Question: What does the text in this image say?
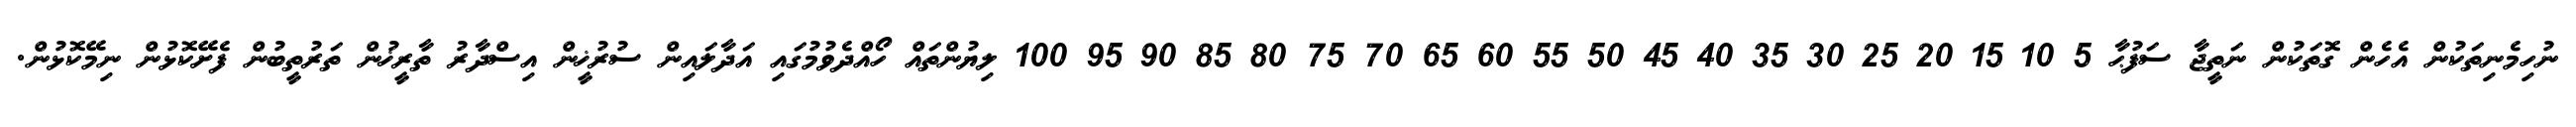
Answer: ނުހިމެނިތަކުން އެހެން ގޮތަކުން ނަތީޖާ ސަފުޙާ 5 10 15 20 25 30 35 40 45 50 55 60 65 70 75 80 85 90 95 100 ލިޔުންތައް ހޯއްދެވުމުގައި އަދާލައިން ސުރުޚީން އިސްދާރު ތާރީޚުން ތަރުތީބުން ފެށޭކޮޅުން ނިމޭކޮޅުން.